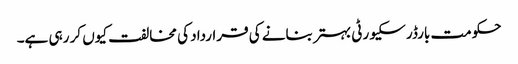
حکومت بارڈر سکیورٹی بہتر بنانے کی قرارداد کی مخالفت کیوں کر رہی ہے۔